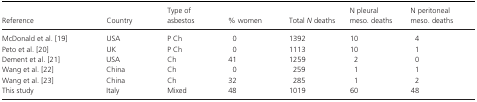
<table><thead><tr><td><b>Reference</b></td><td><b>Country</b></td><td><b>Type of asbestos</b></td><td><b>% women</b></td><td><b>Total <i>N</i> deaths</b></td><td><b>N pleural meso. deaths</b></td><td><b>N peritoneal meso. deaths</b></td></tr></thead><tbody><tr><td>McDonald et al. 19</td><td>USA</td><td>P Ch</td><td>0</td><td>1392</td><td>10</td><td>4</td></tr><tr><td>Peto et al. 20</td><td>UK</td><td>P Ch</td><td>0</td><td>1113</td><td>10</td><td>1</td></tr><tr><td>Dement et al. 21</td><td>USA</td><td>Ch</td><td>41</td><td>1259</td><td>2</td><td>0</td></tr><tr><td>Wang et al. 22</td><td>China</td><td>Ch</td><td>0</td><td>259</td><td>1</td><td>1</td></tr><tr><td>Wang et al. 23</td><td>China</td><td>Ch</td><td>32</td><td>285</td><td>1</td><td>2</td></tr><tr><td>This study</td><td>Italy</td><td>Mixed</td><td>48</td><td>1019</td><td>60</td><td>48</td></tr></tbody></table>